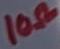
Text: 10Ω